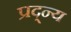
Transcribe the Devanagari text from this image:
प्रद्न्य